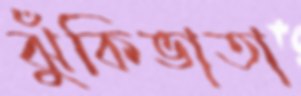
ঝুঁকিভাতা